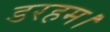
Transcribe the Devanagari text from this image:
डरहम।